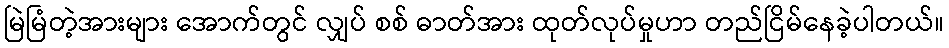
မြဲမြံတဲ့အားများ အောက်တွင် လျှပ် စစ် ဓာတ်အား ထုတ်လုပ်မှုဟာ တည်ငြိမ်နေခဲ့ပါတယ်။